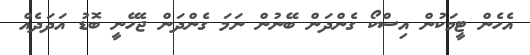
އެހެން ޓީމަކުން އިސްކޯ ގެންދަން ބޭނުން ނަމަ ގެންދަން ޖެހޭނީ ބޮޑު އަދަދެއް